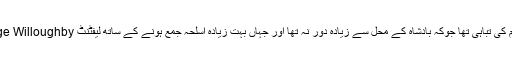
دوپہر میں دن کا اہم ترین واقعہ اسلحے کے گودام کی تباہی تھا جوکہ بادشاہ کے محل سے زیادہ دور نہ تھا اور جہاں بہت زیادہ اسلحہ جمع ہونے کے ساتھ لیفٹنٹ George Willoughby کی ماتحتی میں ایک کثیر عملہ بھی تھا۔